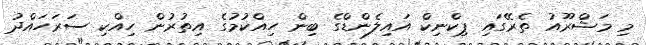
މި މަޝްރޫއު ތެރޭގައި ޕިކްނިކް އައިލެންޑްގެ ބިން ހިއްކުމުގެ އިތުރުން ހިއްކި ސަރަހައްދު